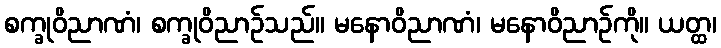
စက္ခုဝိညာဏံ၊ စက္ခုဝိညာဉ်သည်။ မနောဝိညာဏံ၊ မနောဝိညာဉ်ကို။ ယတ္ထ၊